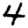
Digit: 4